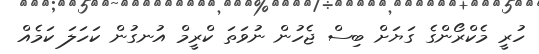
ހުރީ މެކްރޯންގެ ގަޔަށް ބިސް ޖެހުން ނުވަތަ ކްރީމް އުނގުން ކަހަލަ ކަމެއް